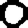
Digit: 0